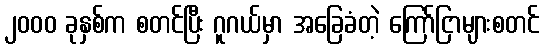
၂၀၀၀ ခုနှစ်က စတင်ပြီး ဂူဂယ်မှာ အခြေခံတဲ့ ကြော်ငြာများစတင်